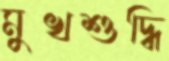
মুখশুদ্ধি